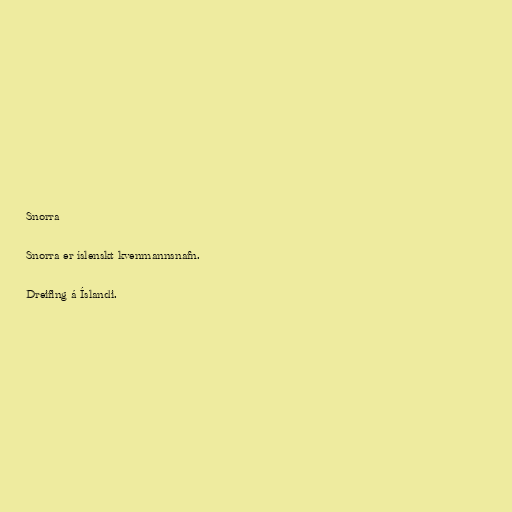
Snorra

Snorra er íslenskt kvenmannsnafn.

Dreifing á Íslandi.